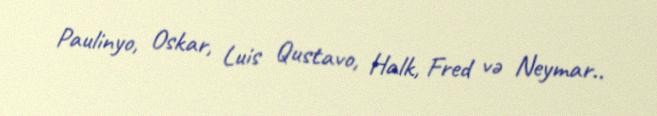
Paulinyo, Oskar, Luis Qustavo, Halk, Fred və Neymar..